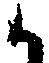
候